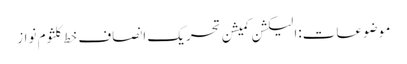
موضوعات:الیکشن کمیشن تحریک انصاف خط کلثوم نواز